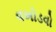
વખોડવો